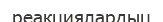
реакциялардыц